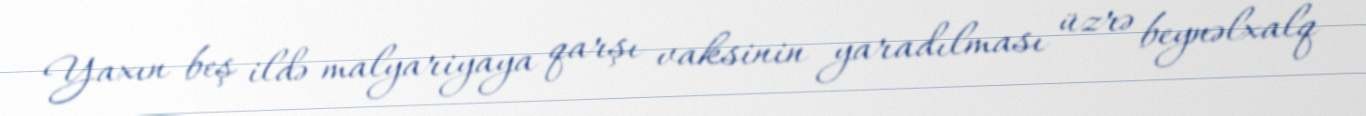
Yaxın beş ildə malyariyaya qarşı vaksinin yaradılması üzrə beynəlxalq